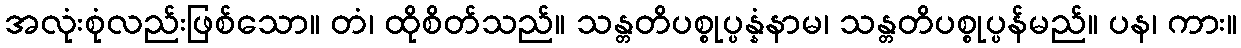
အလုံးစုံလည်းဖြစ်သော။ တံ၊ ထိုစိတ်သည်။ သန္တတိပစ္စုပ္ပန္နံနာမ၊ သန္တတိပစ္စုပ္ပန်မည်။ ပန၊ ကား။